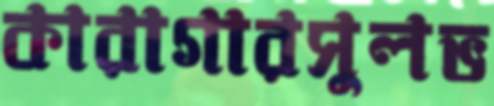
কারাগারসুলভ